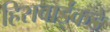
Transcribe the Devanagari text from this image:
हिराबाईंकडे